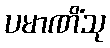
ပမာဏိံသု